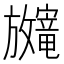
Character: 𫿨